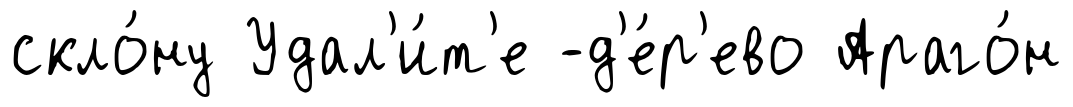
скло́ну Удал'и́т'е -д'е́р'ево Араго́н